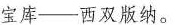
宝库——西双版纳。